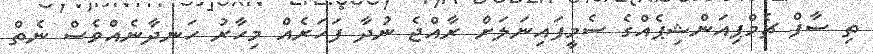
ތި ސާފް ޗެމްޕިއަންޝިޕެއްގެ ސެމީފައިނަލަށް ރާއްޖެ ނުދާ ފަހަރެއް މިހާރު ހަނދާނެއްވެސް ނެތް